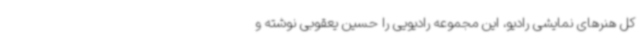
کل هنرهای نمایشی رادیو، این مجموعه رادیویی را حسین یعقوبی نوشته و